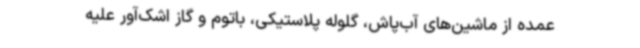
عمده از ماشین‌های آب‌پاش، گلوله پلاستیکی، باتوم و گاز اشک‌آور علیه